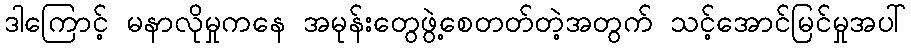
ဒါကြောင့် မနာလိုမှုကနေ အမုန်းတွေဖွဲ့စေတတ်တဲ့အတွက် သင့်အောင်မြင်မှုအပါ်